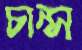
চান্স